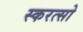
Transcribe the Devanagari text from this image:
स्करत्सो